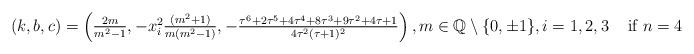
LaTeX: \begin{align*}\begin{array}{cc} (k,b,c)=\left(\frac{2m}{m^2 -1},- x_i^2 \frac{(m^2 +1)}{m (m^2 -1)},- \frac{\tau^6 + 2 \tau^5 + 4 \tau^4 + 8 \tau^3 + 9 \tau^2 + 4 \tau +1}{4 \tau^2 (\tau +1)^2}\right), m \in \mathbb{Q} \setminus \{0, \pm1\}, i=1,2,3 & \textrm{ if } n=4 \\ \end{array}\end{align*}